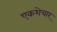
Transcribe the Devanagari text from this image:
एकशेचार